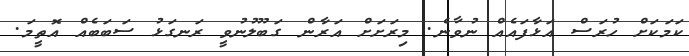
ކަމަކަށް ހުރަސް އަޅާފައެއް ނުވާނެ. މިރަށަށް އަރާން ގަބޫލުނުވީ ރަނގަޅު ސަބަބެއް އޮތީމަ.